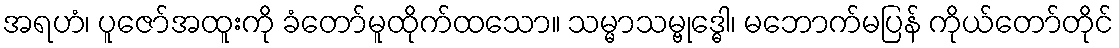
အရဟံ၊ ပူဇော်အထူးကို ခံတော်မူထိုက်ထသော။ သမ္မာသမ္ဗုဒ္ဓေါ၊ မဘောက်မပြန် ကိုယ်တော်တိုင်